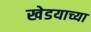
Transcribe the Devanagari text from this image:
खेडयाच्या